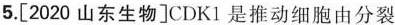
5.[2020山东生物]CDK1是推动细胞由分裂